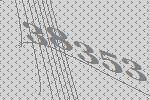
38353